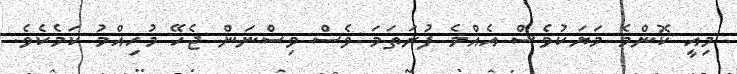
މިއީ ކޮންމެ މަޔަކުވެސް އެއްމެ ފުރަތަމަ ވެސް ވިސްނަން ޖެހޭ މުހިއްމު ކަމެކެވެ.